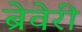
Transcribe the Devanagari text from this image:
ब्रेवेरी